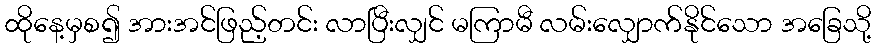
ထိုနေ့မှစ၍ အားအင်ဖြည့်တင်း လာပြီးလျှင် မကြာမီ လမ်းလျှောက်နိုင်သော အခြေသို့